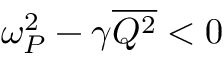
\omega _ { P } ^ { 2 } - \gamma \overline { { Q ^ { 2 } } } < 0